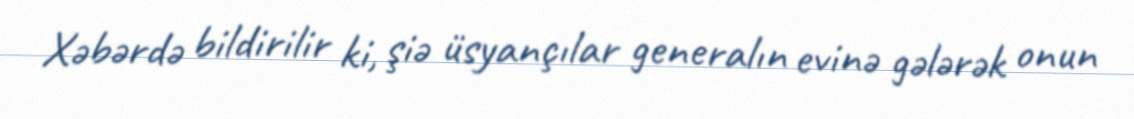
Xəbərdə bildirilir ki, şiə üsyançılar generalın evinə gələrək onun